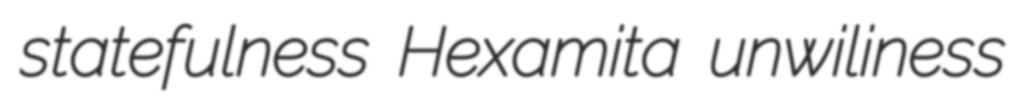
statefulness Hexamita unwiliness